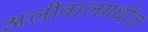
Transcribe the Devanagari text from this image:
अलीवालमधील